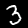
Digit: 3